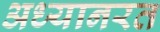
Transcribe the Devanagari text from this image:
अध्यानरत